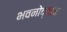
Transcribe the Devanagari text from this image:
भवनोद्यान